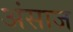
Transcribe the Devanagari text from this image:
अंसाज